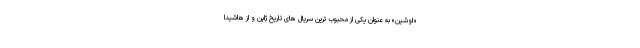
«اوشین» به عنوان یکی از محبوب ترین سریال های تاریخ ژاپن و از هاشیدا